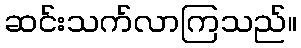
ဆင်းသက်လာကြသည်။